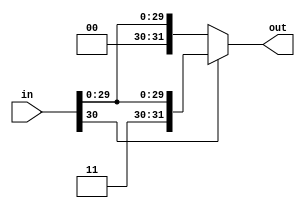
module signextend #(
    parameter n = 31
)(
    input [n - 1:0] in, // input Max_n-bits
    output reg [31:0] out // output 32-bits
);

always @(*) begin
    if (in[n - 1] == 1) // If MSB of input is 1
        out = {{32 - n{1'b1}}, in}; // Sign extend by 1
    else
        out = {{32 - n{1'b0}}, in}; // Sign extend by 0
end

endmodule